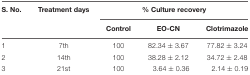
| S. No. | Treatment days | <COLSPAN=3> % Culture recovery |
 |  |  | Control | EO-CN | Clotrimazole |
 | --- | --- | --- | --- | --- |
 | 1 | 7th | 100 | 82.34 ± 3.67 | 77.82 ± 3.24 |
 | 2 | 14th | 100 | 38.28 ± 2.12 | 34.72 ± 2.48 |
 | 3 | 21st | 100 | 3.64 ± 0.36 | 2.14 ± 0.19 |